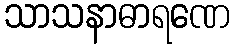
သာသနာဓာရဏေ